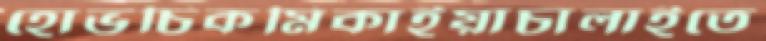
হোভচিকমিকাইয়াচালাইতে